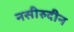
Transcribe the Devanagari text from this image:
नसीरुदीन